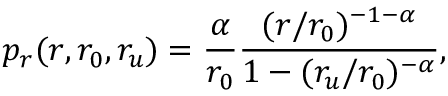
p _ { r } ( r , r _ { 0 } , r _ { u } ) = \frac { \alpha } { r _ { 0 } } \frac { ( r / r _ { 0 } ) ^ { - 1 - \alpha } } { 1 - ( r _ { u } / r _ { 0 } ) ^ { - \alpha } } ,